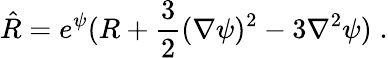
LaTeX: \hat{R}=e^{\psi}(R+\frac{3}{2}(\nabla\psi)^{2}-3\nabla^{2}\psi)\; .